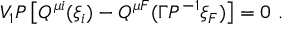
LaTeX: V _ { 1 } { \cal P } \left[ Q ^ { \mu i } ( \xi _ { i } ) - Q ^ { \mu F } ( \Gamma { \cal P } ^ { - 1 } \xi _ { F } ) \right] = 0 \ .